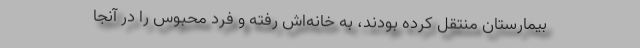
بیمارستان منتقل کرده بودند، به خانه‌اش رفته و فرد محبوس را در آنجا